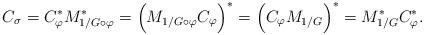
LaTeX: \begin{align*}C_{\sigma} = C_{\varphi}^{*}M_{1/G\circ\varphi}^{*} = \Big(M_{1/G\circ\varphi}C_{\varphi}\Big)^{*} = \Big(C_{\varphi}M_{1/G}\Big)^{*} = M^{*}_{1/G}C_{\varphi}^{*}.\end{align*}